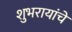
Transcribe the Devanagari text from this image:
शुभरायांचे